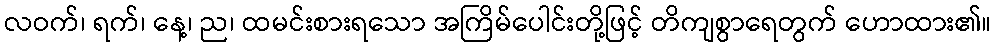
လဝက်၊ ရက်၊ နေ့၊ ည၊ ထမင်းစားရသော အကြိမ်ပေါင်းတို့ဖြင့် တိကျစွာရေတွက် ဟောထား၏။